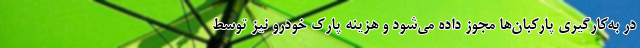
در به‌کارگیری پارکبان‌ها مجوز داده می‌شود و هزینه پارک خودرو نیز توسط